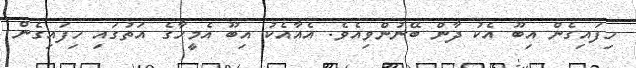
ހިފައިގެން އިބޫ އެކު ދާން ބޭނުންވިއެވެ. އެއާއެކު އިބޫ އެމީހާގެ އަތުގައި ހިފައިގެން